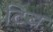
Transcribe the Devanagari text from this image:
टिब